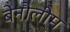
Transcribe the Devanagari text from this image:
बेनौलीम